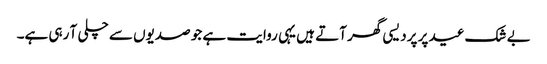
بے شک عید پر پردیسی گھر آتے ہیں یہی روایت ہے جو صدیوں سے چلی آ رہی ہے۔